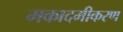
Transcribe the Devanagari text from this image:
मकादमीकरण